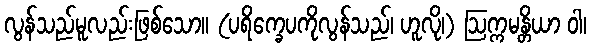
လွန်သည်မူလည်းဖြစ်သော။ (ပရိက္ခေပကိုလွန်သည်၊ ဟူလို၊) ဩက္ကမန္တိယာ ဝါ၊